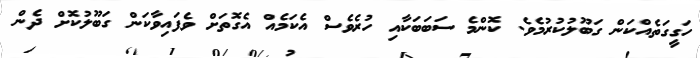
ހަގީގަތެއްކަން ގަބޫލުކުރުމެވެ. ކޮންމެ ސަބަބަކާއި ހުރެވެސް އެކަމެއް އެގޮތަށް ވެފައިވާކަން ގަބޫލުކޮށް ދެން